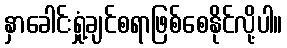
နှာခေါင်းရှုံ့ချင်စရာဖြစ်စေနိုင်လို့ပါ။